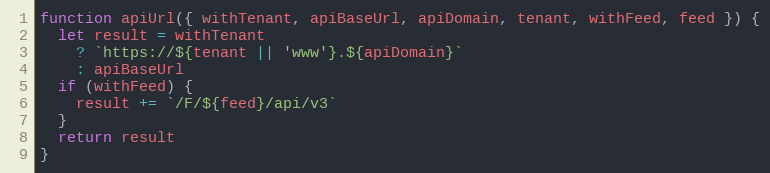
Language: JavaScript
function apiUrl({ withTenant, apiBaseUrl, apiDomain, tenant, withFeed, feed }) {
  let result = withTenant
    ? `https://${tenant || 'www'}.${apiDomain}`
    : apiBaseUrl
  if (withFeed) {
    result += `/F/${feed}/api/v3`
  }
  return result
}